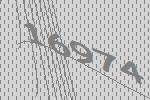
16974